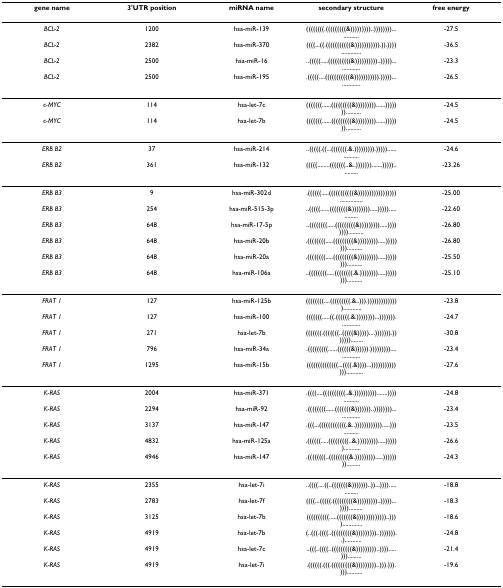
<table><thead><tr><td><b>gene name</b></td><td><b>3&#x27;UTR position</b></td><td><b>miRNA name</b></td><td><b>secondary structure</b></td><td><b>free energy</b></td></tr></thead><tbody><tr><td><i>BCL-2</i></td><td>1200</td><td>hsa-miR-139</td><td>((((((((.(((((((((&amp;)))))))))..)))))))).............</td><td>-27.5</td></tr><tr><td><i>BCL-2</i></td><td>2382</td><td>hsa-miR-370</td><td>((((...((.(((((((((((&amp;))))))))))).)).)))).............</td><td>-36.5</td></tr><tr><td><i>BCL-2</i></td><td>2500</td><td>hsa-miR-16</td><td>..(((((.....((((((((((&amp;))))))))))..)))))...............</td><td>-23.3</td></tr><tr><td><i>BCL-2</i></td><td>2500</td><td>hsa-miR-195</td><td>.(((((....(((((((((((&amp;))))))))))).)))))...............</td><td>-26.5</td></tr><tr><td><i>c-MYC</i></td><td>114</td><td>hsa-let-7c</td><td>(((((((......(((((((((&amp;)))))))))......)))))))..........</td><td>-24.5</td></tr><tr><td><i>c-MYC</i></td><td>114</td><td>hsa-let-7b</td><td>(((((((......(((((((((&amp;)))))))))......)))))))..........</td><td>-24.5</td></tr><tr><td><i>ERB B2</i></td><td>37</td><td>hsa-miR-214</td><td>..(((((.((...(((((((.&amp;.))))))))).)))))................</td><td>-24.6</td></tr><tr><td><i>ERB B2</i></td><td>361</td><td>hsa-miR-132</td><td>(((((........(((((((..&amp;..))))))).......)))))...........</td><td>-23.26</td></tr><tr><td><i>ERB B3</i></td><td>9</td><td>hsa-miR-302d</td><td>.((((((.....(((((((((((&amp;)))))))))))))))))...............</td><td>-25.00</td></tr><tr><td><i>ERB B3</i></td><td>254</td><td>hsa-miR-515-3p</td><td>..(((((......((((((((&amp;)))))))).....)))))..............</td><td>-22.60</td></tr><tr><td><i>ERB B3</i></td><td>648</td><td>hsa-miR-17-5p</td><td>..((((((((.....(((((((((&amp;))))))))).....))))))))..........</td><td>-26.80</td></tr><tr><td><i>ERB B3</i></td><td>648</td><td>hsa-miR-20b</td><td>.((((((((.....(((((((((&amp;))))))))).....))))))))..........</td><td>-26.80</td></tr><tr><td><i>ERB B3</i></td><td>648</td><td>hsa-miR-20a</td><td>.((((((((.....(((((((((&amp;))))))))).....))))))))..........</td><td>-25.50</td></tr><tr><td><i>ERB B3</i></td><td>648</td><td>hsa-miR-106a</td><td>..((((((((.....((((((((.&amp;.)))))))).....))))))))..........</td><td>-25.10</td></tr><tr><td><i>FRAT 1</i></td><td>127</td><td>hsa-miR-125b</td><td>((((((((....(((((((((.&amp;..))).))))))))))))))............</td><td>-23.8</td></tr><tr><td><i>FRAT 1</i></td><td>127</td><td>hsa-miR-100</td><td>(((((((.....((.((((((.&amp;.))))))))...))))))).............</td><td>-24.7</td></tr><tr><td><i>FRAT 1</i></td><td>271</td><td>hsa-let-7b</td><td>(((((((.(((((((..(((((&amp;)))))....))))))).)))))))........</td><td>-30.8</td></tr><tr><td><i>FRAT 1</i></td><td>796</td><td>hsa-miR-34a</td><td>.(((((((((......((((((&amp;)))))).)))))))))................</td><td>-23.4</td></tr><tr><td><i>FRAT 1</i></td><td>1295</td><td>hsa-miR-15b</td><td>((((((((((((((...((((.&amp;))))...))))))))))))))...........</td><td>-27.6</td></tr><tr><td><i>K-RAS</i></td><td>2004</td><td>hsa-miR-371</td><td>.((((....((((((((((..&amp;.)))))))))).......))))..........</td><td>-24.8</td></tr><tr><td><i>K-RAS</i></td><td>2294</td><td>hsa-miR-92</td><td>.((((((((......(((((((&amp;)))))))..))))))))...............</td><td>-23.4</td></tr><tr><td><i>K-RAS</i></td><td>3137</td><td>hsa-miR-147</td><td>.(((...((((((((((((.&amp;..)))))))))))).....)))..........</td><td>-23.5</td></tr><tr><td><i>K-RAS</i></td><td>4832</td><td>hsa-miR-125a</td><td>.((((((.....(((((((((..&amp;.))))))))).....))))))...........</td><td>-26.6</td></tr><tr><td><i>K-RAS</i></td><td>4946</td><td>hsa-miR-147</td><td>.((((((((..(((((((((&amp;.))))))))).....)))))))).........</td><td>-24.3</td></tr><tr><td><i>K-RAS</i></td><td>2355</td><td>hsa-let-7i</td><td>..((((....((..(((((((&amp;)))))))..))...))))..............</td><td>-18.8</td></tr><tr><td><i>K-RAS</i></td><td>2783</td><td>hsa-let-7f</td><td>((((...(((((.(((((((((&amp;)))))))))..)))))...)))).........</td><td>-18.3</td></tr><tr><td><i>K-RAS</i></td><td>3125</td><td>hsa-let-7b</td><td>((((((((((.....(((((((&amp;)))))))))))))..)))).............</td><td>-18.6</td></tr><tr><td><i>K-RAS</i></td><td>4919</td><td>hsa-let-7b</td><td>(..(((.((((..(((((((((&amp;)))))))))..)))))))..)...........</td><td>-24.8</td></tr><tr><td><i>K-RAS</i></td><td>4919</td><td>hsa-let-7c</td><td>..(((..((((..(((((((((&amp;)))))))))..)))).....))).........</td><td>-21.4</td></tr><tr><td><i>K-RAS</i></td><td>4919</td><td>hsa-let-7i</td><td>.((((((.(((.(((((((((&amp;)))))))))..))).))).)))..........</td><td>-19.6</td></tr></tbody></table>